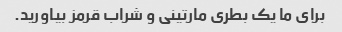
برای ما یک بطری مارتینی و شراب قرمز بیاورید.